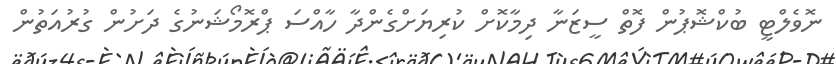
ނޮވެލްޓީ ބުކްޝޮޕުން ފޮތް ސީޒަނާ ދިމާކޮށް ކުރިޔަށްގެންދާ ހާއްސަ ޕްރޮމޯޝަނުގެ ދަށުން ގުރުއަތުން